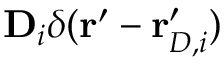
\mathbf { D } _ { i } \delta ( \mathbf { r } ^ { \prime } - \mathbf { r } _ { D , i } ^ { \prime } )